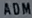
ADM